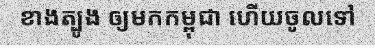
ខាងត្បូង ឲ្យមកកម្ពុជា ហើយចូលទៅ